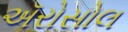
ઍરોસોલ